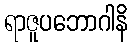
ရာဇူပဘောဂါနိ